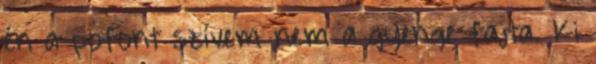
én a pofont szívem nem a gyenge fajta. Ki